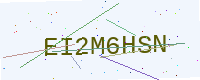
Text: EI2M6HSN